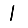
Digit: 1